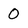
Character: 0